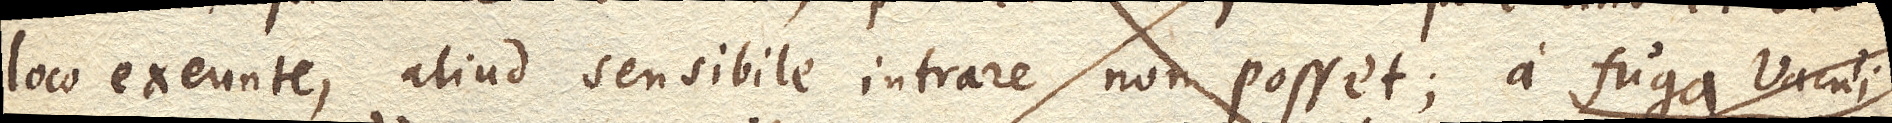
loco exeunte, aliud sensibile intrare non posset; a fuga Vacui